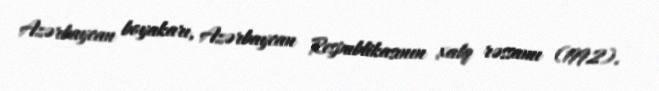
Azərbaycan boyakarı, Azərbaycan Respublikasının xalq rəssamı (1992).